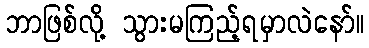
ဘာဖြစ်လို့ သွားမကြည့်ရမှာလဲနော်။